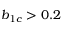
b _ { 1 c } > 0 . 2